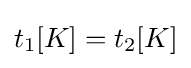
t_{1}[K]=t_{2}[K]